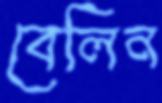
বেলিন